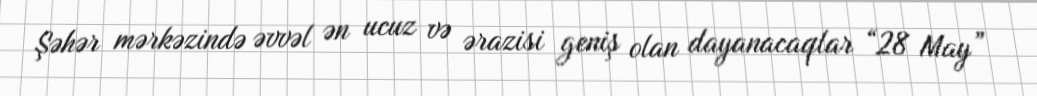
Şəhər mərkəzində əvvəl ən ucuz və ərazisi geniş olan dayanacaqlar “28 May”